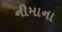
નીમાના